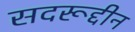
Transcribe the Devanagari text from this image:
सदरूद्दीन